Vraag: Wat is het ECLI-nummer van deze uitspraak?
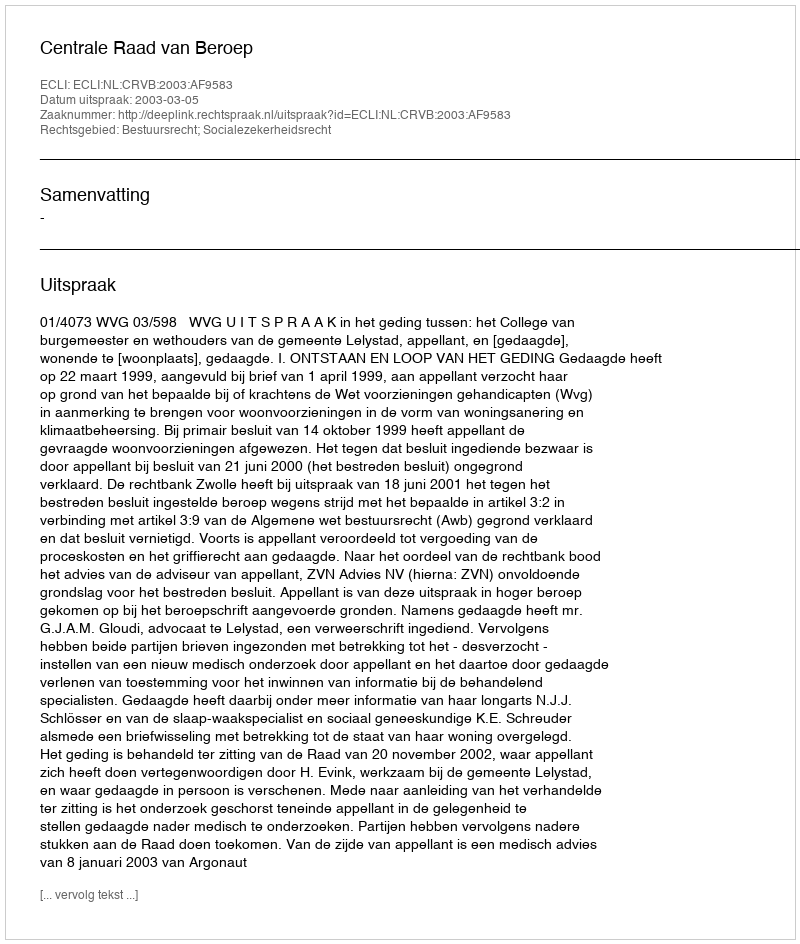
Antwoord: ECLI:NL:CRVB:2003:AF9583